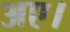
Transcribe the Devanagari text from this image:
अए।